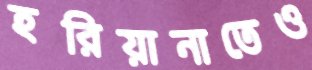
হরিয়ানাতেও